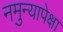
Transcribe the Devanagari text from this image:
नमुन्यापेक्षा